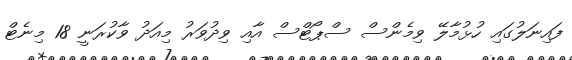
ފައިނަލުގައި ހުޅުމާލޭ ވިމެންސް ސްޕޯޓްސް އާއި ވިދުވަރު މިއަދު ވާކުރަނީ 18 މިނެޓް